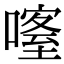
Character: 𠾰